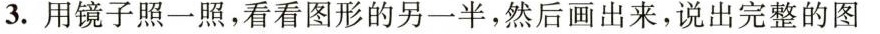
3.用镜子照一照，看看图形的另一半，然后画出来，说出完整的图